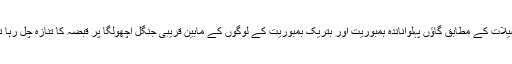
تفصیلات کے مطابق گاؤں پہلواناندہ بمبوریت اور بتریک بمبوریت کے لوگوں کے مابین قریبی جنگل اچھولگا پر قبضہ کا تنازہ چل رہا تھا ۔